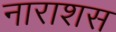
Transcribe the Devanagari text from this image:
नाराशस